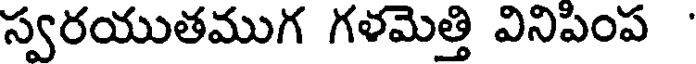
స్వరయుతముగ గళమెత్తి వినిపింప